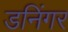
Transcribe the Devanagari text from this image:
डनिंगर